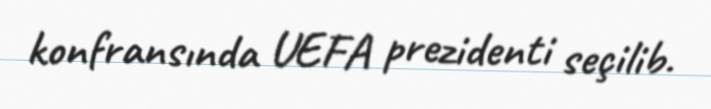
konfransında UEFA prezidenti seçilib.